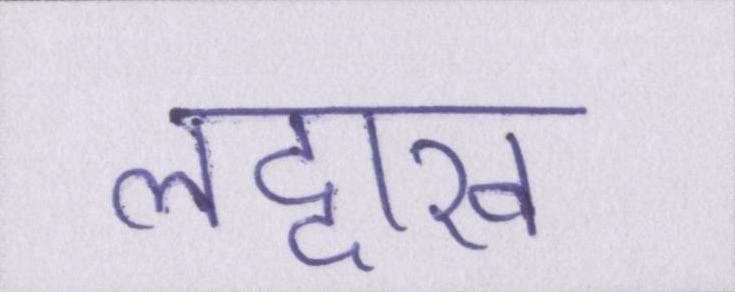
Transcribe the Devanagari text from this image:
लद्दाख